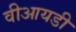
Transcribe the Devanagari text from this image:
वीआयडी